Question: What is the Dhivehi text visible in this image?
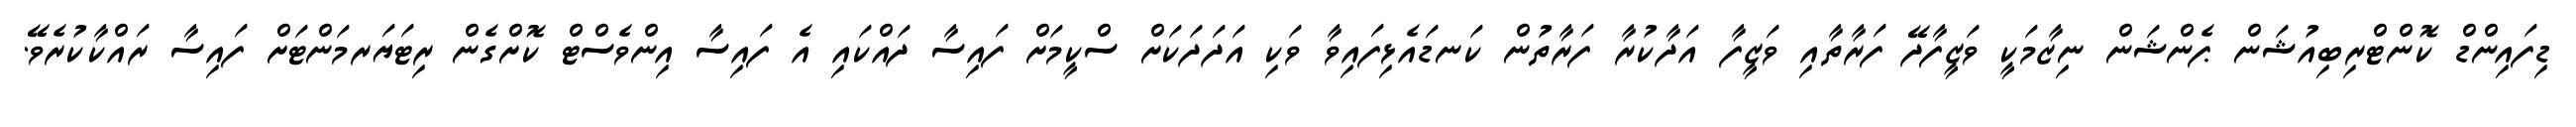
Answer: ޑިފައިންޑް ކޮންޓްރިބިއުޝަން ޕެންޝަން ނިޒާމަކީ ވަޒީފާދޭ ފަރާތާއި ވަޒީފާ އަދާކުރާ ފަރާތުން ކަނޑައެޅިފައިވާ ވަކި އަދަދަކަށް ސްކީމަށް ފައިސާ ދައްކައި އެ ފައިސާ އިންވެސްޓް ކޮށްގެން ރިޓަޔަރމަންޓަށް ފައިސާ ރައްކާކުރެވޭ.